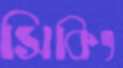
সিকিং